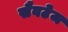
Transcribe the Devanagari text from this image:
सैवटेज